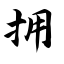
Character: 拥